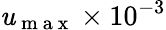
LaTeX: \mathit{u}_{\mathrm{{~m~a~x~}}}\times10^{-3}